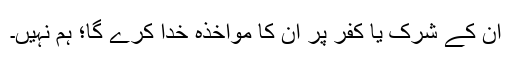
اُن کے شرک یا کفر پر اُن کا مواخذہ خدا کرے گا؛ ہم نہیں۔